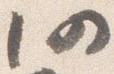
仍